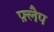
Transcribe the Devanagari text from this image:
फ़्लैप